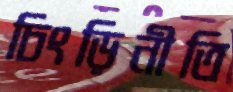
চিংড়িনীতি